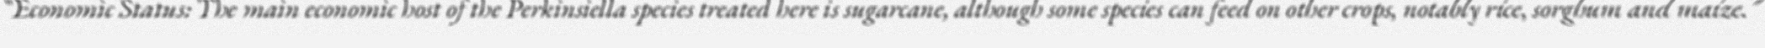
"Economic Status: The main economic host of the Perkinsiella species treated here is sugarcane, although some species can feed on other crops, notably rice, sorghum and maize."